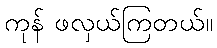
ကုန် ဖလှယ်ကြတယ်။